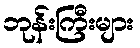
ဘုန်းကြီးများ